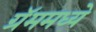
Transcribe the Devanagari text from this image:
ग्रॅममध्ये